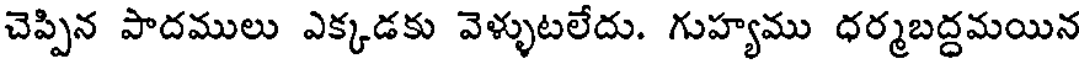
చెప్పిన పాదములు ఎక్కడకు వెళ్ళుటలేదు. గుహ్యము ధర్మబద్ధమయిన